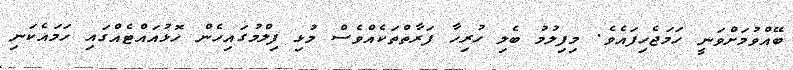
ބޭއްވުމަށްވަނީ ހަމަޖެހިފައެވެ. މިފިލުމު ބެލި ހުރިހާ ފަރާތްތަކެއްވެސް މުޅި ފިލްމުގައިހެން ހޮޅުއައްޓެއްގައި ހަމައެކަނި